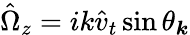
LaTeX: \hat{\Omega}_{z}=ik\hat{v}_{t}\sin\theta_{\boldsymbol{k}}